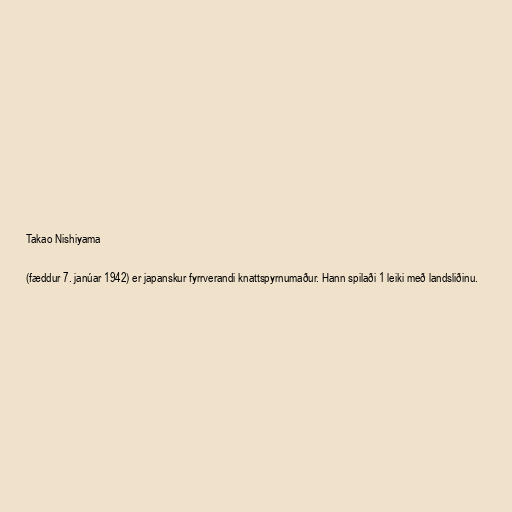
Takao Nishiyama

(fæddur 7. janúar 1942) er japanskur fyrrverandi knattspyrnumaður. Hann spilaði 1 leiki með landsliðinu.